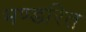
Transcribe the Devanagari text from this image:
भण्डरित